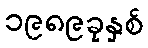
၁၉၈၉ခုနှစ်